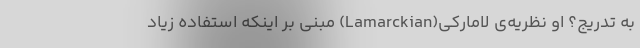
به تدریج؟ او نظریه‌ی لامارکی(Lamarckian) مبنی بر اینکه استفاده زیاد